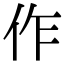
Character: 作